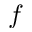
f